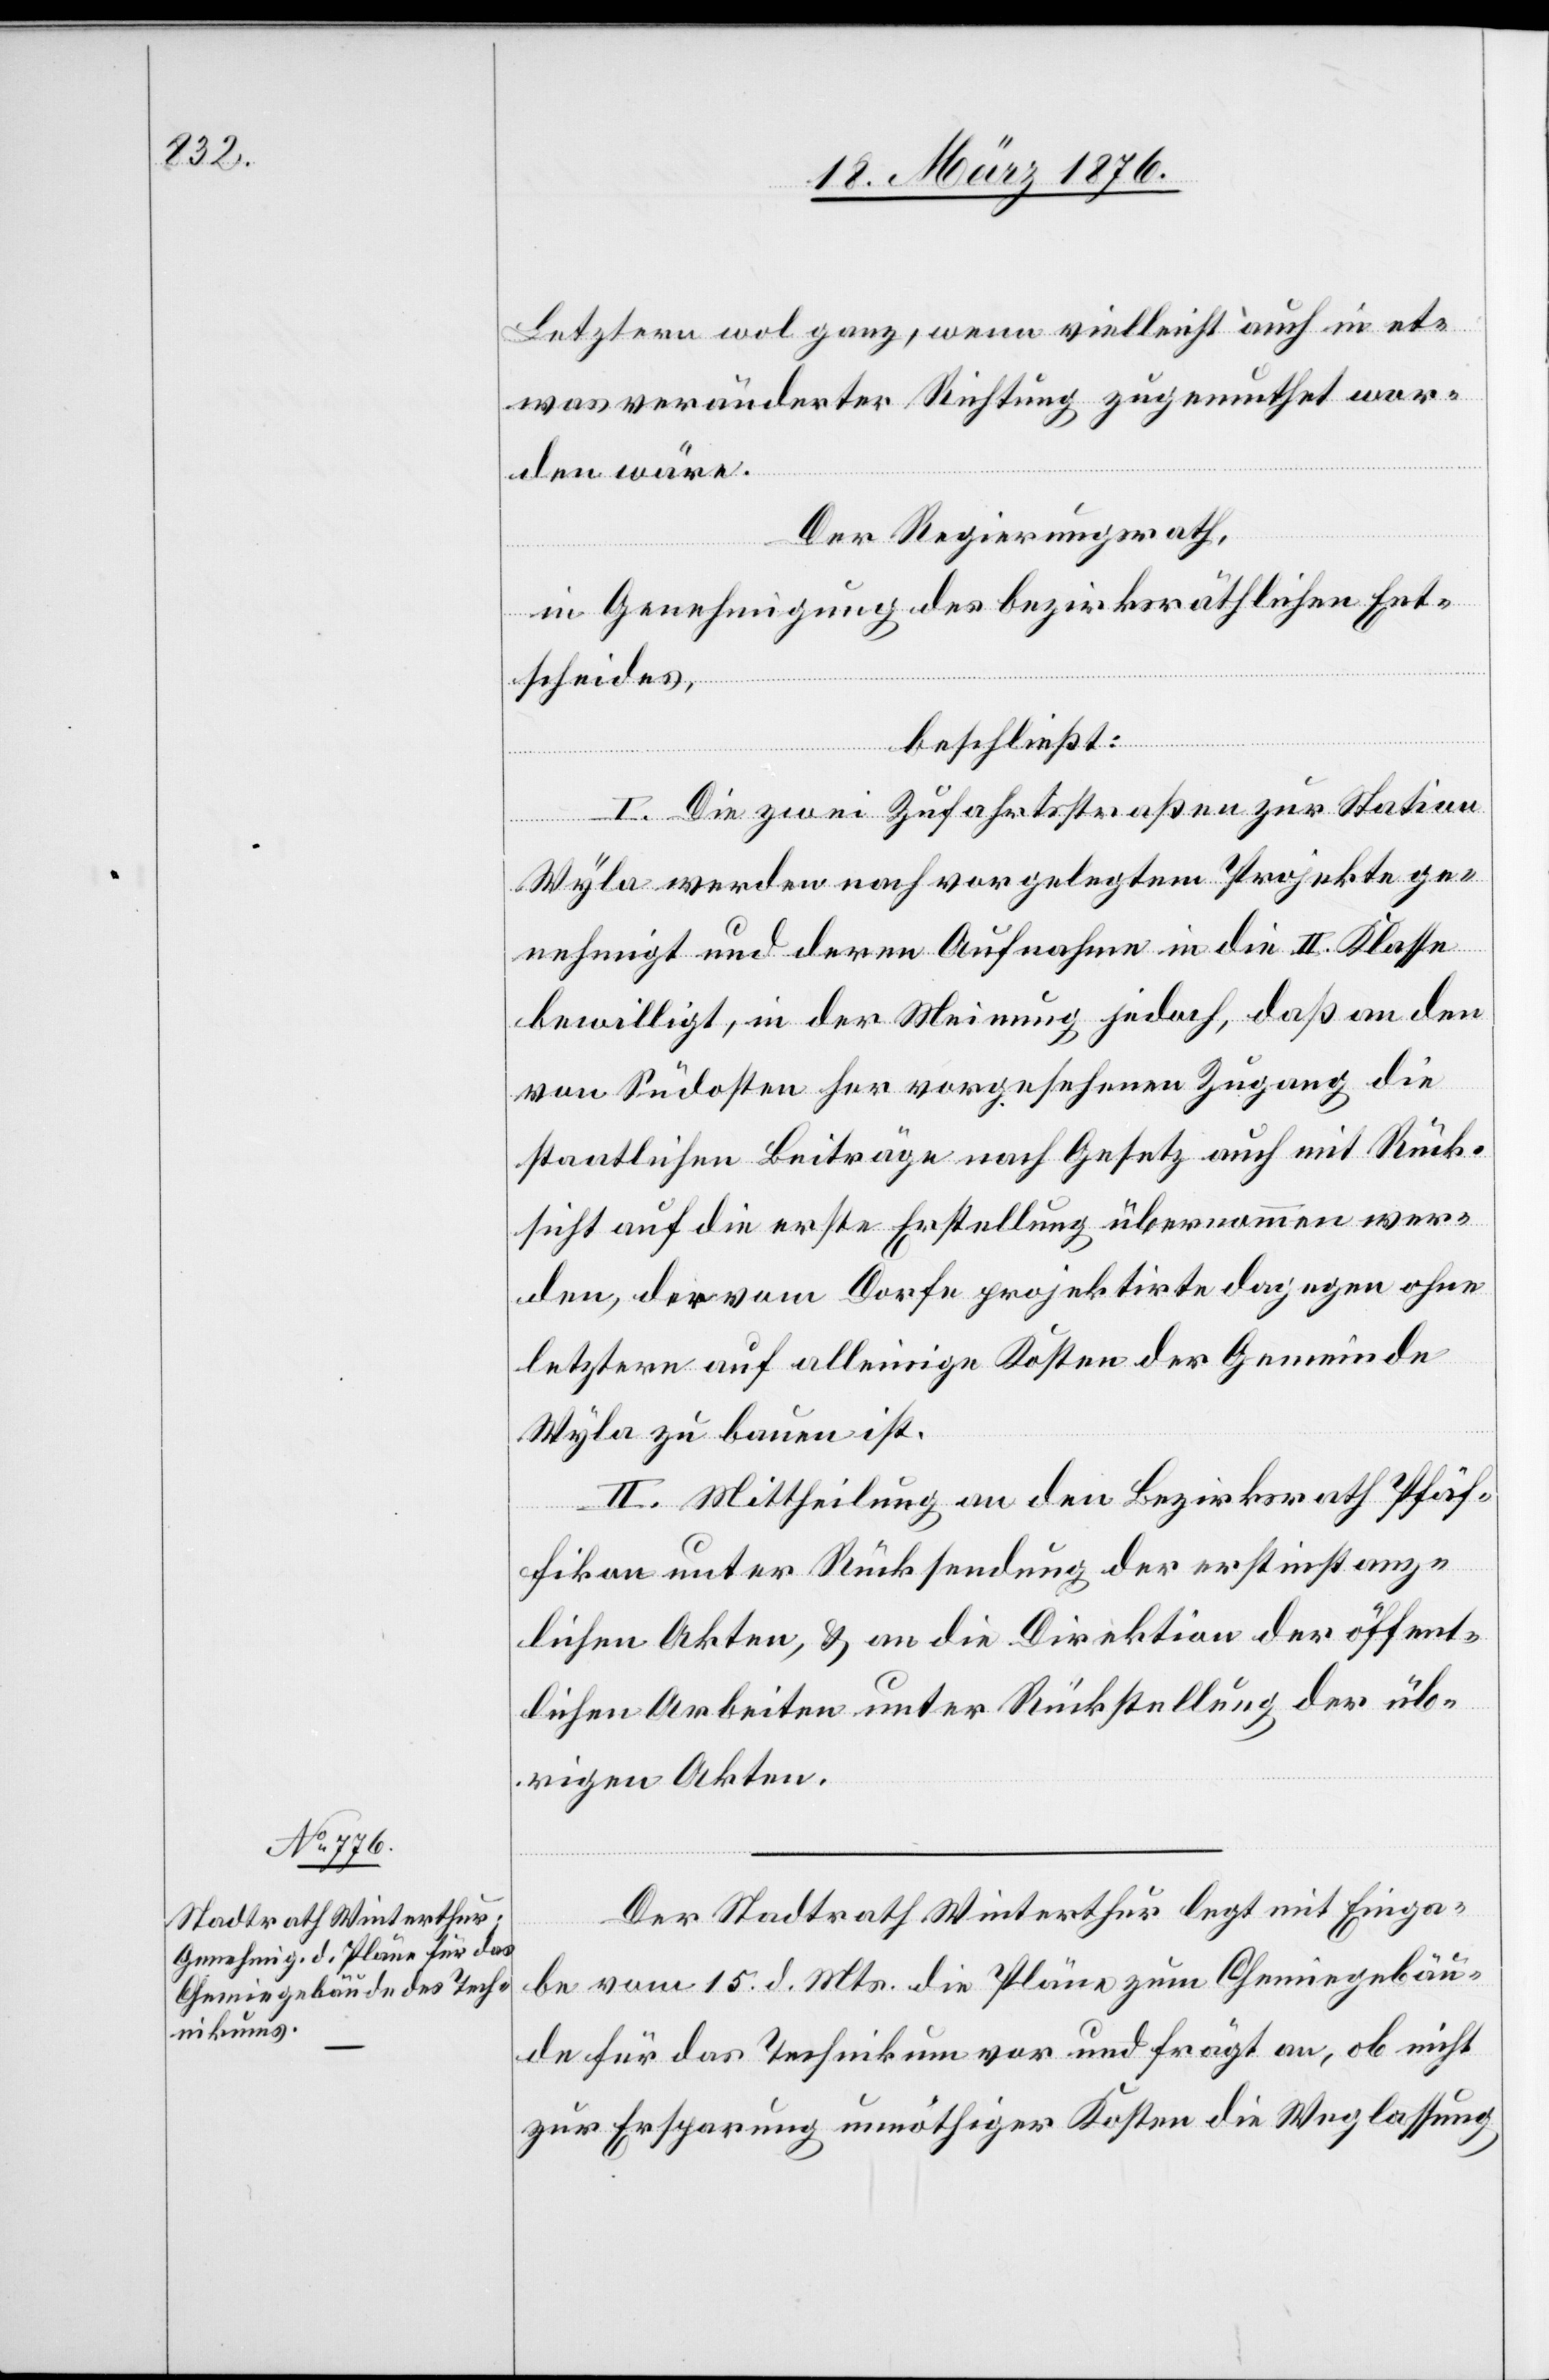
22. März 1876.]
Letztern wol ganz, wenn vielleicht auch in et¬
was veränderter Richtung zugemuthet wor¬
den wäre.
Der Regierungsrath,
in Genehmigung des bezirksräthlichen Ent¬
scheides,
beschließt:
I. Die zwei Zufahrtsstraßen zur Station
Wyla werden nach vorgelegtem Projekte ge¬
nehmigt und deren Aufnahme in die II. Klasse
bewilligt, in der Meinung jedoch, daß an den
von Südosten her vorgesehenen Zugang die
staatlichen Beiträge nach Gesetz auch mit Rück¬
sicht auf die erste Erstellung übernommen wer¬
den, der vom Dorfe projektirte dagegen ohne
letztern auf alleinige Kosten der Gemeinde
Wyla zu bauen ist.
II. Mittheilung an den Bezirksrath Pfäf¬
fikon unter Rücksendung der erstinstanz¬
lichen Akten, & an die Direktion der öffent¬
lichen Arbeiten unter Rückstellung der üb¬
rigen Akten.
Der Stadtrath Winterthur legt mit Einga¬
be vom 15. d. Mts. die Pläne zum Chemiegebäu¬
de für das Technikum vor und frägt an, ob nicht
zur Ersparung unnöthiger Kosten die Weglassung